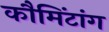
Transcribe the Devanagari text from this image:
कौमिंटांग